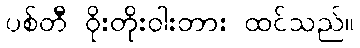
ပစ်တီ ဝိုးတိုးဝါးတား ထင်သည်။